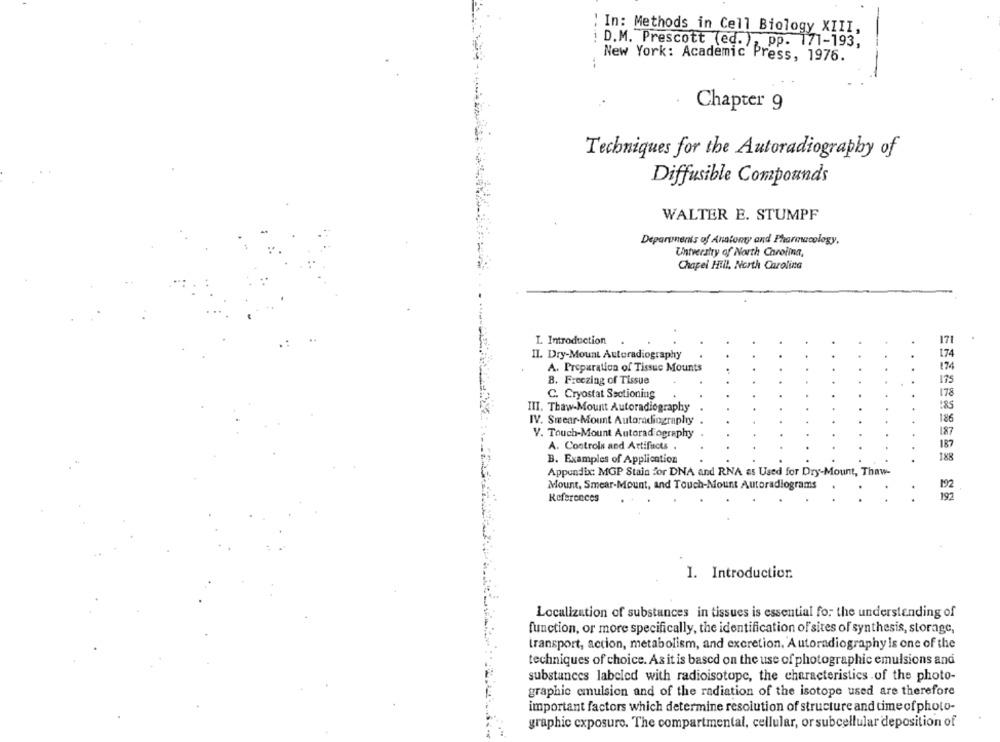
" In: Methods in Cell Biology XIII,
: D.M. Prescott (ed. ), pp. 171-193,
New York: Academic Press, 1976.
--
Chapter 9
Techniques for the Autoradiography of
Diffusible Compounds
WALTER E. STUMPF
Deparunenis of Anatomy and Pharmacology.
University of North Carolina
Chapel Hill, North Carolina
I. Introduction
171
II. Dry-Mount Autoradiography
A. Preparation of Tissuc Mounts
174
B. Freezing of Tissue
178
C. Cryostat Sectioning
III. Thaw-Mount Autoradiography
IV. Smear-Mount Autoradiography
186
V. Touch-Mount Autorad ography
187
187
A. Controls and Artifacts .
B. Examples of Application
188
Appendixc: MGP Stain for DNA and RNA as Used for Dry-Mount, Thaw-
Mount, Smear-Mount, and Touch-Mount Autoradiograms
192
References
192
I. Introduction.
Localization of substances in tissues is essential for the understanding of
function, or more specifically, the identification of sites of synthesis, storage,
transport, action, metabolism, and excretion, Autoradiography Is one of the
techniques of choice. As it is based on the use of photographic emulsions and
substances labeled with radioisotope, the characteristics of the photo-
graphic emulsion and of the radiation of the isotope used are therefore
important factors which determine resolution of structure and time of photo-
graphic exposure. The compartmental, cellular, or subcellular deposition of